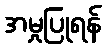
အမှုပြုရန်